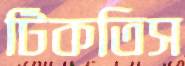
টিকতিস